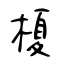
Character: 榎